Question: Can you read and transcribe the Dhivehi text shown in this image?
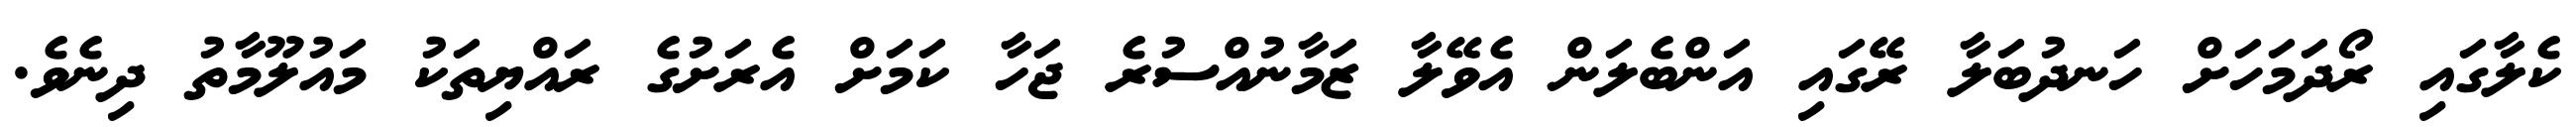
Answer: ކެލާގައި ރޯދަމަހަށް ހަނދުބަލާ ރޭގައި އަންބެލަން އެވޭލާ ޒަމާނުއްސުރެ ޖަހާ ކަމަށް އެރަށުގެ ރައްޔިތަކު މައުލޫމާތު ދިނެވެ.